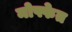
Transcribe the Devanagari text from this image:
मोफ्फेत